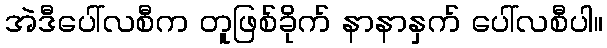
အဲဒီပေါ်လစီက တူဖြစ်ခိုက် နာနာနှက် ပေါ်လစီပါ။